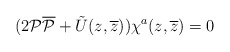
\begin{align*}(2{\cal P}{\overline{\cal P}}+\tilde{U}(z, \overline{z}))\chi^a(z, \overline{z})=0\end{align*}